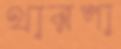
থারপা